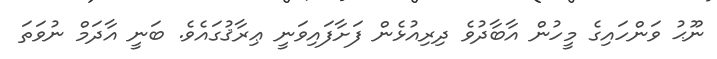
ނޫޙު ވަންހައިގެ މީހުން އާބާދުވެ ދިރިއުޅެން ފަށާފައިވަނީ ޢިރާޤުގައެވެ. ބަނީ އާދަމް ނުވަތަ